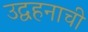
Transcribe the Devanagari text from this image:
उद्वहनाची